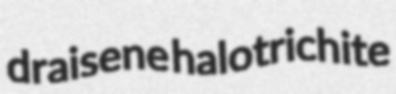
draisene halotrichite